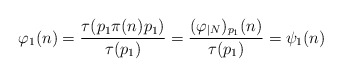
\begin{align*} \varphi_1(n)=\frac{\tau(p_1\pi(n)p_1)}{\tau(p_1)} =\frac{(\varphi_{|N})_{p_1}(n)}{\tau(p_1)} =\psi_1(n)\end{align*}